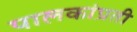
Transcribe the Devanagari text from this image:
पालकांप्रती